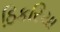
ઠિકરિયા